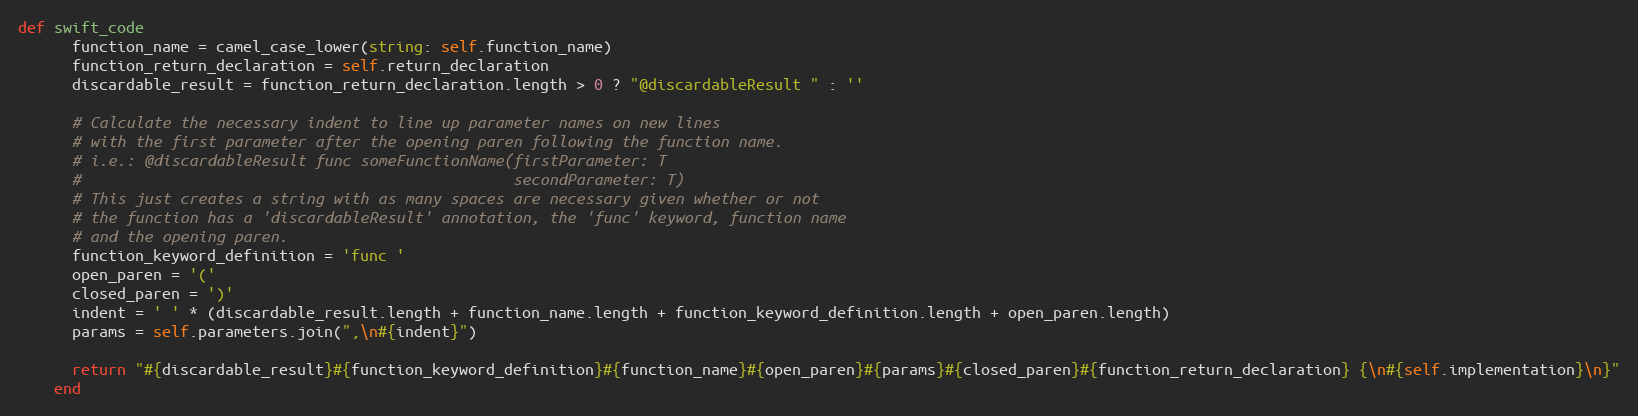
Language: Ruby
def swift_code
      function_name = camel_case_lower(string: self.function_name)
      function_return_declaration = self.return_declaration
      discardable_result = function_return_declaration.length > 0 ? "@discardableResult " : ''

      # Calculate the necessary indent to line up parameter names on new lines
      # with the first parameter after the opening paren following the function name.
      # i.e.: @discardableResult func someFunctionName(firstParameter: T
      #                                                secondParameter: T)
      # This just creates a string with as many spaces are necessary given whether or not
      # the function has a 'discardableResult' annotation, the 'func' keyword, function name
      # and the opening paren.
      function_keyword_definition = 'func '
      open_paren = '('
      closed_paren = ')'
      indent = ' ' * (discardable_result.length + function_name.length + function_keyword_definition.length + open_paren.length)
      params = self.parameters.join(",\n#{indent}")

      return "#{discardable_result}#{function_keyword_definition}#{function_name}#{open_paren}#{params}#{closed_paren}#{function_return_declaration} {\n#{self.implementation}\n}"
    end